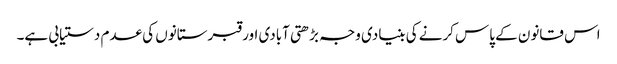
اس قانون کے پاس کرنے کی بنیادی وجہ بڑھتی آبادی اور قبرستانوں کی عدم دستیابی ہے۔